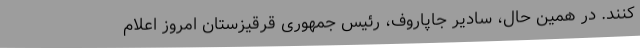
کنند. در همین حال، سادیر جاپاروف، رئیس جمهوری قرقیزستان امروز اعلام